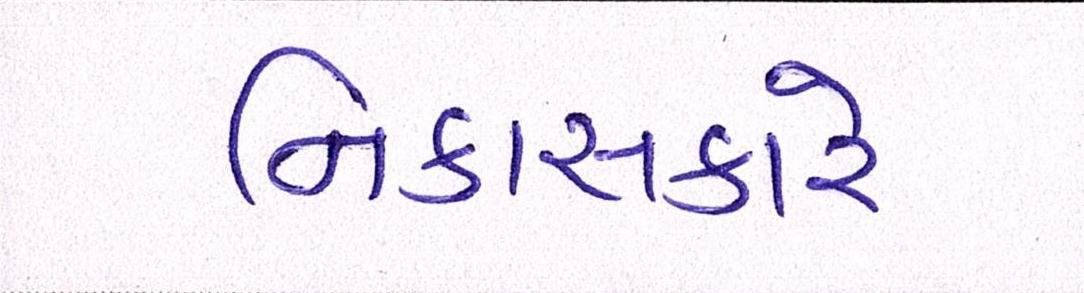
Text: નિકાસકારે